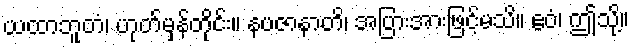
ယထာဘူတံ၊ ဟုတ်မှန်တိုင်း။ နပဇာနာတိ၊ အပြားအားဖြင့်မသိ။ ဧဝံ၊ ဤသို့။